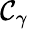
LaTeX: \mathcal{C}_{\gamma}